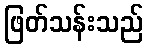
ဖြတ်သန်းသည်